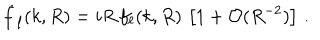
LaTeX: \dot { f } _ { \ell } ( k , R ) = i R \, f _ { \ell } ( k , R ) \, \left[ 1 + \mathcal { O } ( R ^ { - 2 } ) \right] \, .